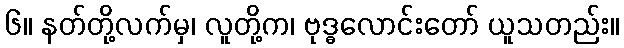
၆။ နတ်တို့လက်မှ၊ လူတို့က၊ ဗုဒ္ဓလောင်းတော် ယူသတည်း။